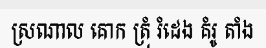
ស្រណាល គោក ត្រុំ រំដេង គំរូ តាំង